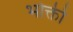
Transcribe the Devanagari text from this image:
भोक्ती